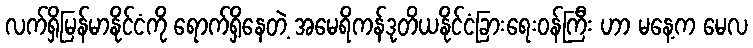
လက်ရှိမြန်မာနိုင်ငံကို ရောက်ရှိနေတဲ့ အမေရိကန်ဒုတိယနိုင်ငံခြားရေးဝန်ကြီး ဟာ မနေ့က မေလ